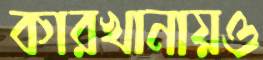
কারখানায়ও